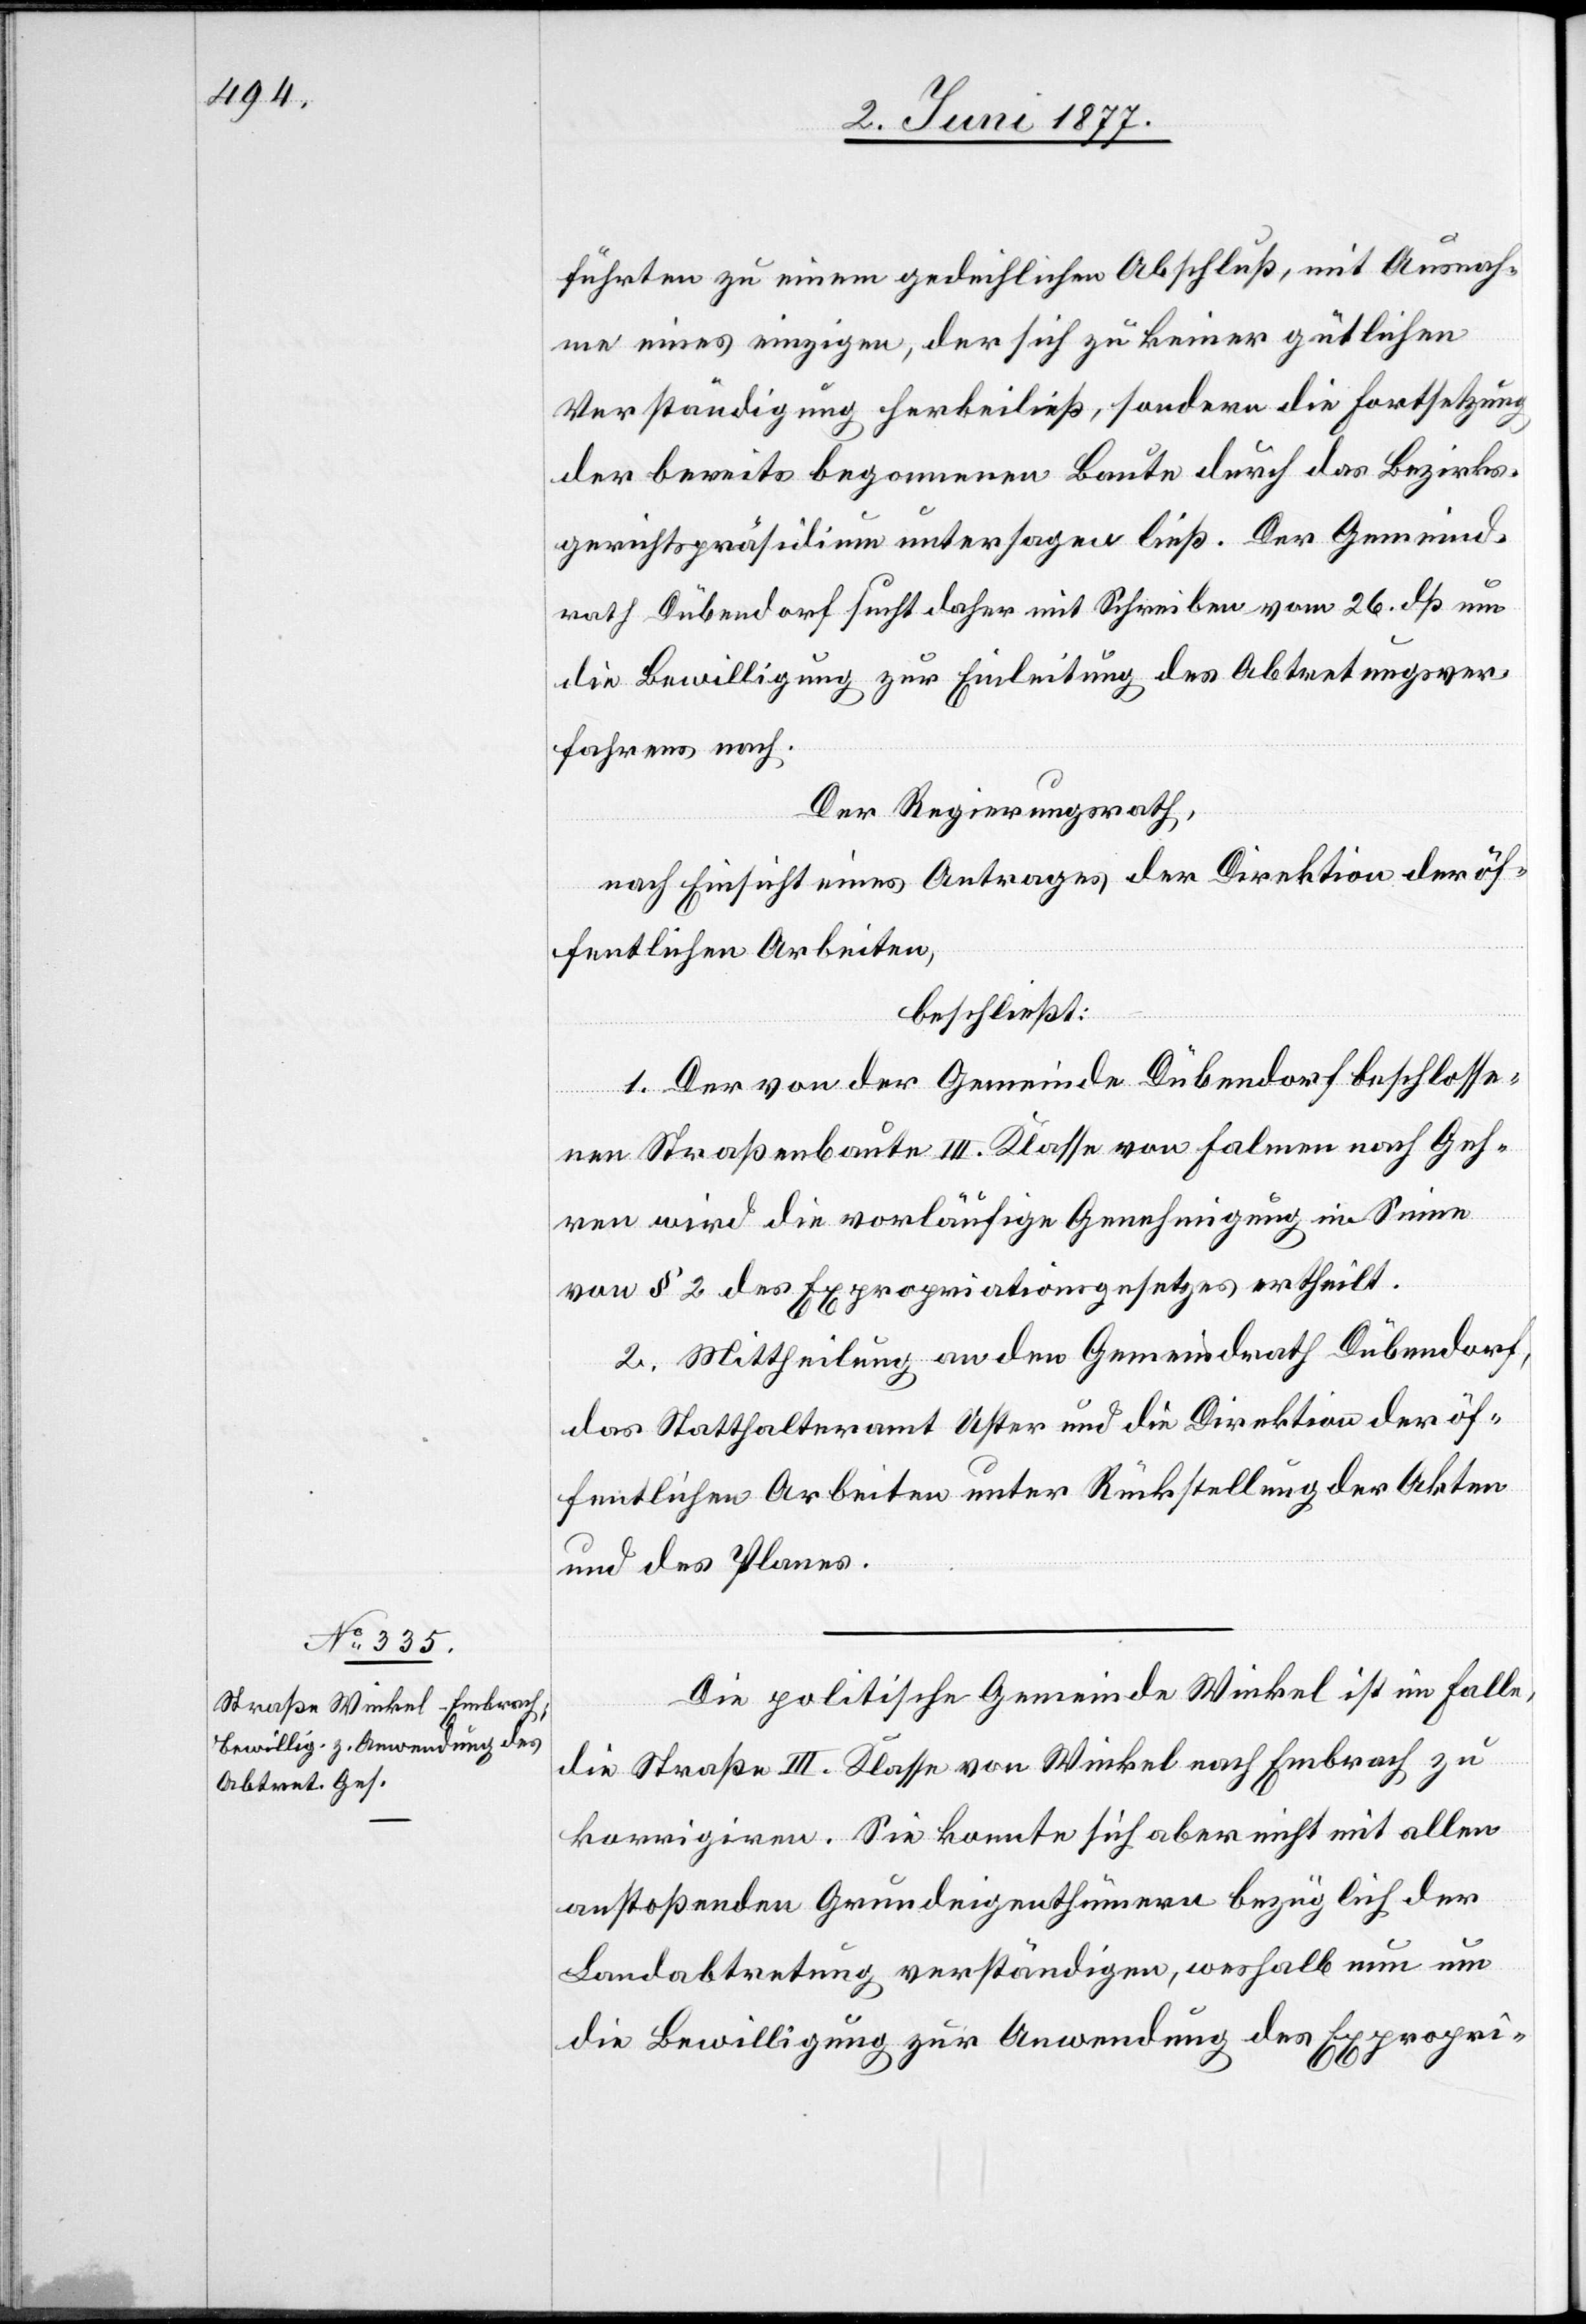
führten zu einem gedeihlichen Abschluß, mit Ausnah¬
me eines einzigen, der sich zu keine gütlichen
Verständigung herbeiließ, sondern die Fortsetzung
der bereits begonnenen Baute durch das Bezirks¬
gerichtspräsidium untersagen ließ. Der Gemeind¬
rath Dübendorf sucht daher mit Schreiben vom 26. dß.
die Bewilligung zur Einleitung des Abtretungsver¬
fahrens nach.
Der Regierungsrath,
nach Einsicht eines Antrages der Direktion der öf¬
fentlichen Arbeiten,
beschließt:
1. Der von der Gemeinde Dübendorf beschlosse¬
nen Straßenbaute III. Klasse von Falmen nach Geh¬
ren wird die vorläufige Genehmigung im Sinne
von § 2 des Expropriationsgesetzes ertheilt.
2. Mittheilung an den Gemeindrath Dübendorf,
das Statthalteramt Uster und die Direktion der öf¬
fentlichen Arbeiten unter Rückstellung der Akten
und des Planes.
Die politische Gemeinde Winkel ist im Falle,
die Straße III. Klasse von Winkel nach Embrach zu
korrigiren. Sie konnte sich aber nicht Mittheilung
anstoßenden Grundeigenthümern bezüglich der
Landabtretung verständigen, weshalb nun um
die Bewilligung zur Anwendung des Expropri-